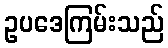
ဥပဒေကြမ်းသည်